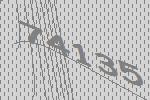
74135